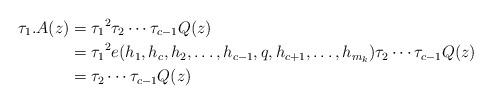
LaTeX: \begin{align*} \tau_1 . A(z) &= {\tau_1}^2 \tau_2 \cdots \tau_{c-1} Q(z)\\ &= {\tau_1}^2 e(h_1,h_c,h_2,\ldots,h_{c-1},q,h_{c+1},\ldots,h_{m_k}) \tau_2 \cdots \tau_{c-1} Q(z) \\ &= \tau_2 \cdots \tau_{c-1} Q(z) \end{align*}